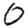
Digit: 0